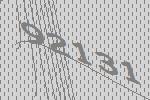
92131